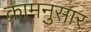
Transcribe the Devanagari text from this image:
क्रामनुसार